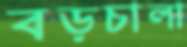
বড়চালা